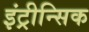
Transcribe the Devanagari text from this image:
इंट्रीन्सिक